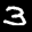
Label: 3